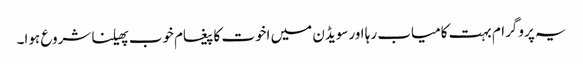
یہ پروگرام بہت کامیاب رہا اورسویڈن میں اخوت کا پیغام خوب پھیلنا شروع ہوا۔